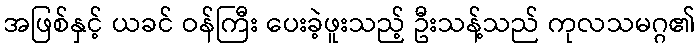
အဖြစ်နှင့် ယခင် ဝန်ကြီး ပေးခဲ့ဖူးသည့် ဦးသန့်သည် ကုလသမဂ္ဂ၏